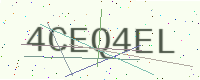
Text: 4CEQ4EL